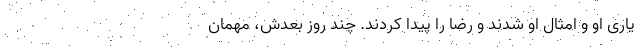
یاری او و امثال او شدند و رضا را پیدا کردند. چند روز بعدش، مهمان